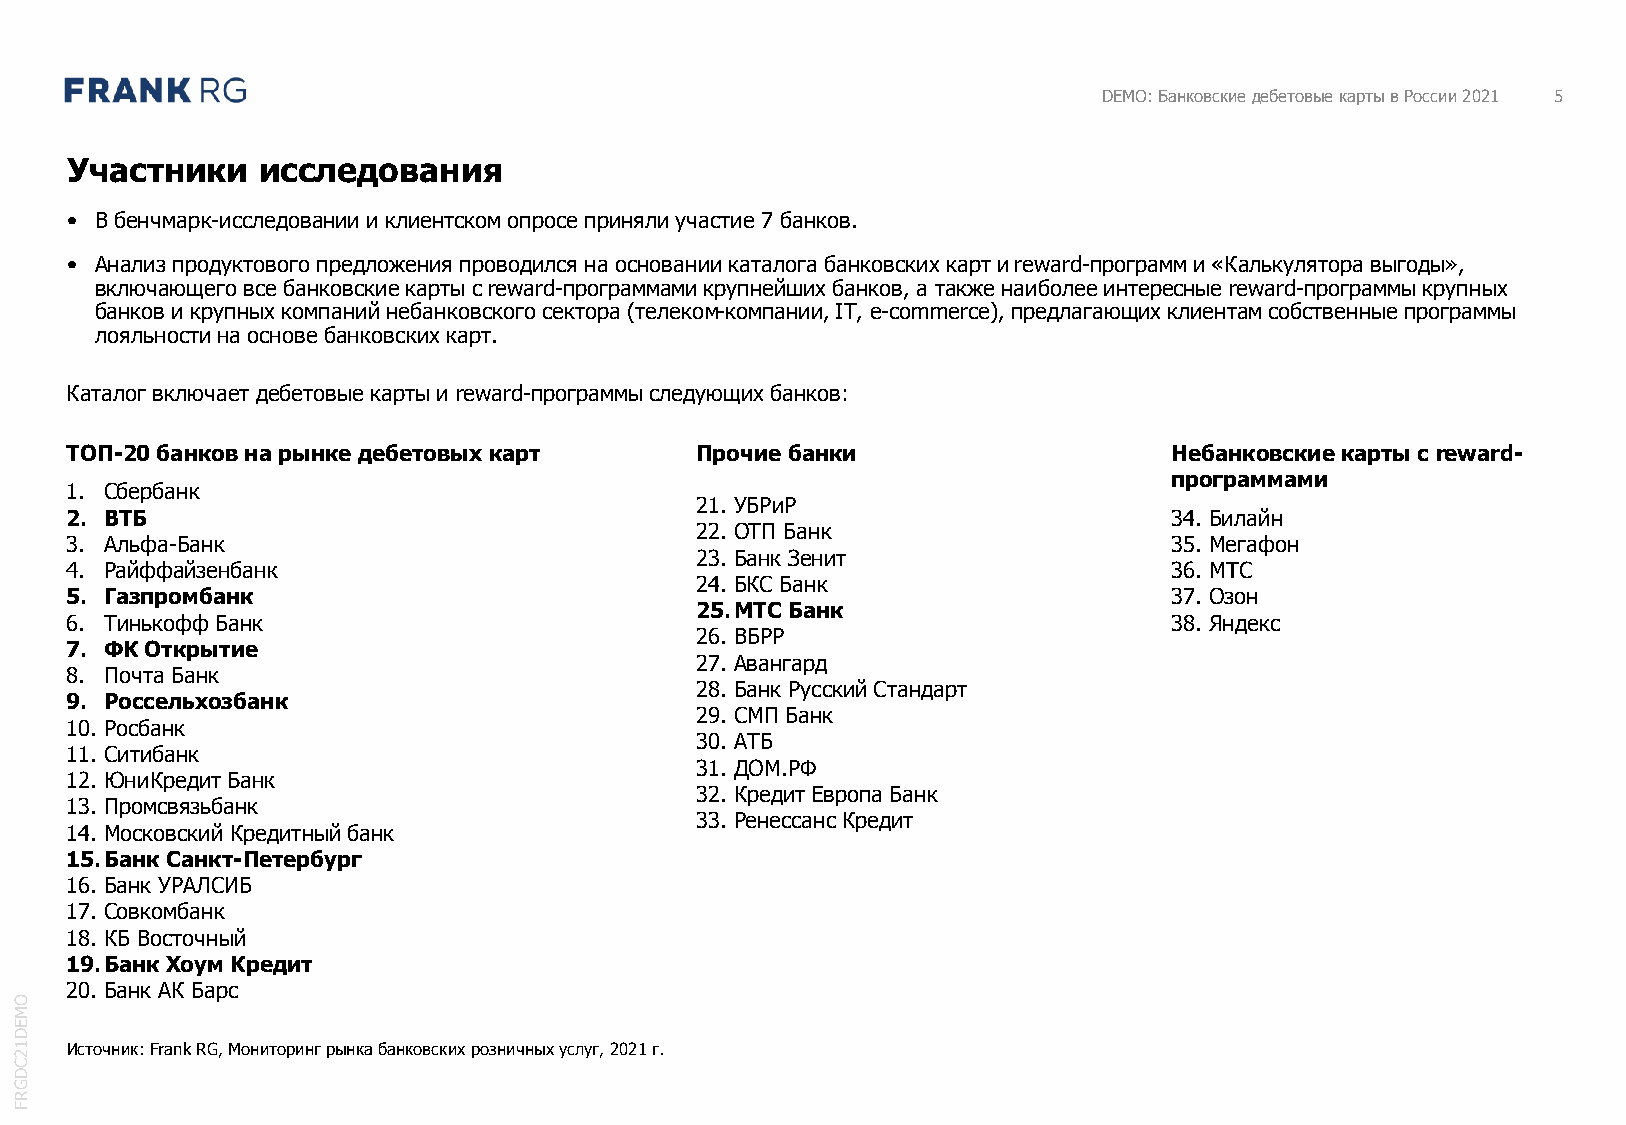
DEMO: Банковские дебетовые карты в России 2021 5
 Участники    исследования
 • В бенчмарк-исследовании и клиентском опросе приняли участие 7 банков.
 • Анализ продуктового предложения проводился на основании каталога банковских карт и reward-программ и «Калькулятора выгоды»,
 включающего все банковские карты с reward-программами крупнейших банков, а также наиболее интересные reward-программы крупных
 банков и крупных компаний небанковского сектора (телеком-компании, IT, e-commerce), предлагающих клиентам собственные программы
 лояльности на основе банковских карт.
 Каталог включает дебетовые карты и reward-программы следующих банков:
 ТОП-20 банков на рынке дебетовых карт     Прочие банки                    Небанковские карты с reward-
 программами
 1. Сбербанк
 21. УБРиР
 2. ВТБ                                                                    34. Билайн
 22. ОТП Банк
 3. Альфа-Банк                                                             35. Мегафон
 23. Банк Зенит
 4. Райффайзенбанк                                                         36. МТС
 24. БКС Банк
 5. Газпромбанк                                                            37. Озон
 25.МТС Банк
 6. Тинькофф Банк                                                          38. Яндекс
 26. ВБРР
 7. ФК Открытие
 27. Авангард
 8. Почта Банк
 28. Банк Русский Стандарт
 9. Россельхозбанк
 29. СМП Банк
 10. Росбанк
 30. АТБ
 11. Ситибанк
 31. ДОМ.РФ
 12. ЮниКредитБанк
 32. Кредит Европа Банк
 13. Промсвязьбанк
 33. Ренессанс Кредит
 14. Московский Кредитный банк
 15.Банк Санкт-Петербург
 16. Банк УРАЛСИБ
 17. Совкомбанк
 18. КБ Восточный
 19.Банк Хоум Кредит
 20. Банк АК Барс
 O
 M
 E
 D
 1  Источник: Frank RG, Мониторинг рынка банковских розничных услуг, 2021 г.
 2
 C
 D
 G
 R
 F